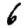
Digit: 6